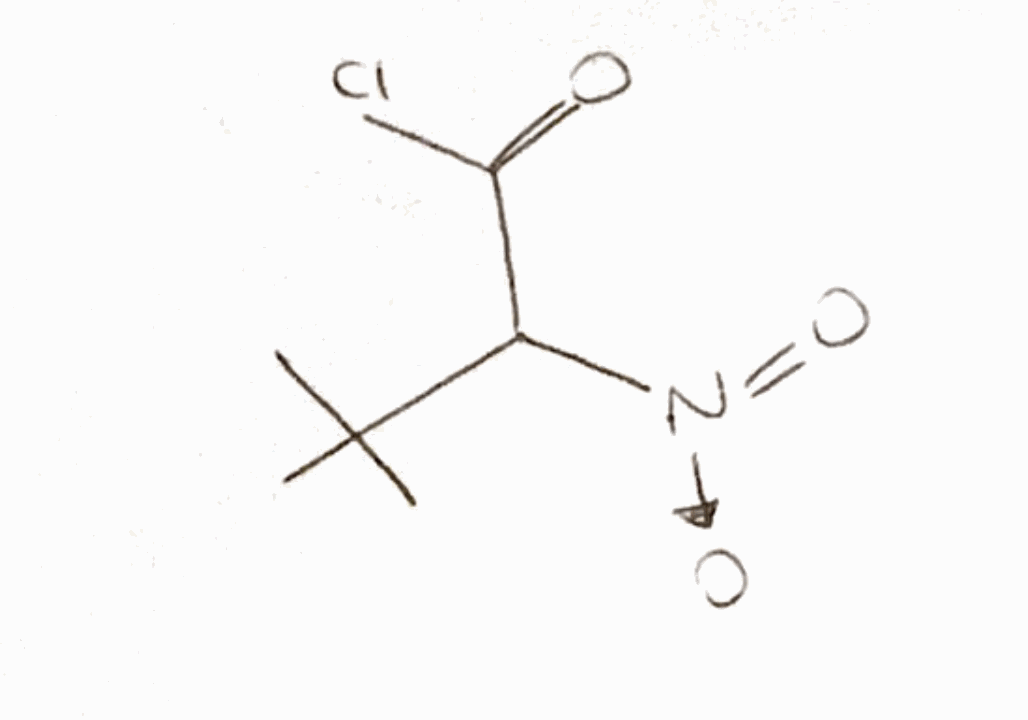
Simplified molecular-input line-entry system (SMILES) notation of the given molecule:
CC(C)(C)C(C(=O)Cl)[N+](=O)[O-]